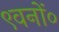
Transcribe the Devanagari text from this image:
९वनों०